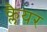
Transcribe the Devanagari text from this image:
क्लैयर